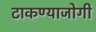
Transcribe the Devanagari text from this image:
टाकण्याजोगी